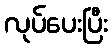
လုပ်ပေးပြီး